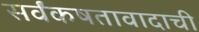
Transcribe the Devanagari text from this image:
सर्वंकषतावादाची